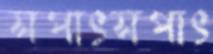
সপাৎসপাৎ